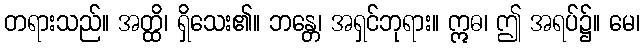
တရားသည်။ အတ္ထိ၊ ရှိသေး၏။ ဘန္တေ၊ အရှင်ဘုရား။ ဣဓ၊ ဤ အရပ်၌။ မေ၊